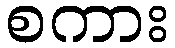
စကား